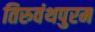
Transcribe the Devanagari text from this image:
तिरुवंथपुरम